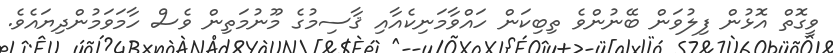
ވީގޮތް އޮޅުން ފިލުވަން ބޭނުންވެ ތިބިކަން ހައްވާމަނިކެއާއި ޤާސިމުގެ މޫނުމަތިން ވެސް ހާމަވަމުންދިޔައެވެ.